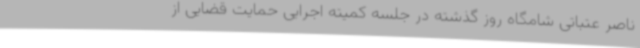
ناصر عتباتی شامگاه روز گذشته در جلسه کمیته اجرایی حمایت قضایی از